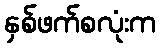
နှစ်ဖက်စလုံးက